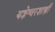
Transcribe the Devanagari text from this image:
यज्ञेश्वरशास्त्री